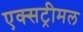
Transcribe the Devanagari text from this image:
एक्सट्रीमल